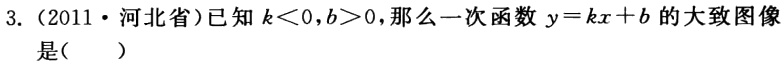
3.（2011·河北省）已知\(k < 0,b > 0\)，那么一次函数\(y = kx + b\)的大致图像是（  ）